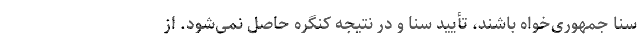
سنا جمهوری‌خواه باشند، تأیید سنا و در نتیجه کنگره حاصل نمی‌شود. از